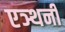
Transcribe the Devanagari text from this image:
एञ्थनी